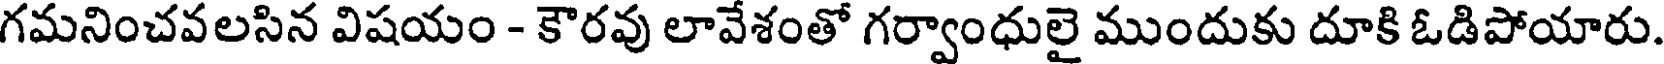
గమనించవలసిన విషయం - కౌరవు లావేశంతో గర్వాంధులై ముందుకు దూకి ఓడిపోయారు.